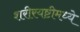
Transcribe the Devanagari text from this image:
शरीरयष्टीमध्ये